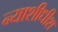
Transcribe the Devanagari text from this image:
न्‍याशीधीश